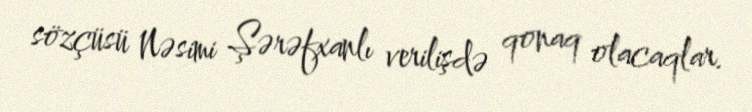
sözçüsü Nəsimi Şərəfxanlı verilişdə qonaq olacaqlar.